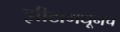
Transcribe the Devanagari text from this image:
झीटामधूनच